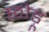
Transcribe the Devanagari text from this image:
छोड़ू